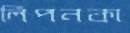
লিপনকা